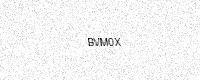
Text: BVM0X